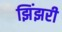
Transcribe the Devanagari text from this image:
झिंझरी